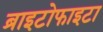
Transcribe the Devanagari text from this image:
ब्राइटोफाइटा